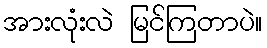
အားလုံးလဲ မြင်ကြတာပဲ။